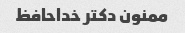
ممنون دکتر خداحافظ